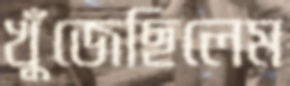
খুঁজেছিলেম